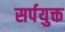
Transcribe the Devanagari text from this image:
सर्पयुक्त